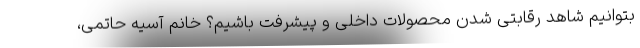
بتوانیم شاهد رقابتی شدن محصولات داخلی و پیشرفت باشیم؟ خانم آسیه حاتمی،